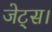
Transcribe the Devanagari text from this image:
जेट्स।